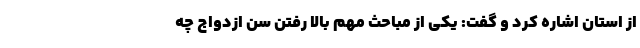
از استان اشاره کرد و گفت: یکی از مباحث مهم بالا رفتن سن ازدواج چه